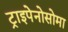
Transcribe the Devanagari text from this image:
ट्राइपेनोसोमा